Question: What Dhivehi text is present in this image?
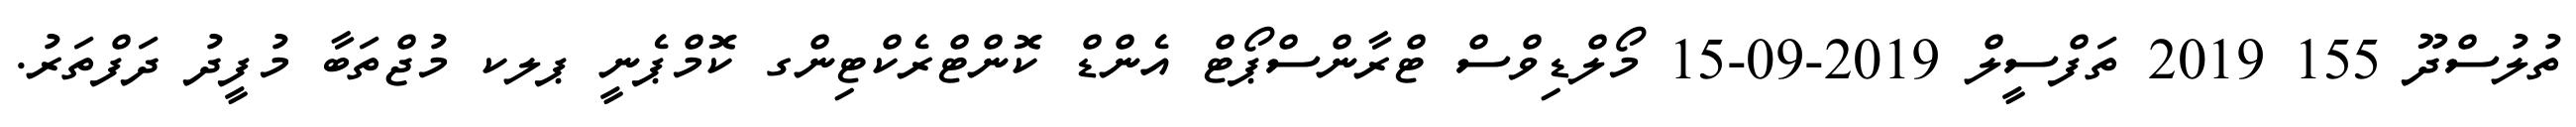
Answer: ތުލުސްދޫ 155 2019 ތަފްސީލް 2019-09-15 މޯލްޑިވްސް ޓްރާންސްޕޯޓް އެންޑް ކޮންޓްރެކްޓިންގ ކޮމްޕެނީ ޕލކ މުޖްތަބާ މުފީދު ދަފްތަރު.